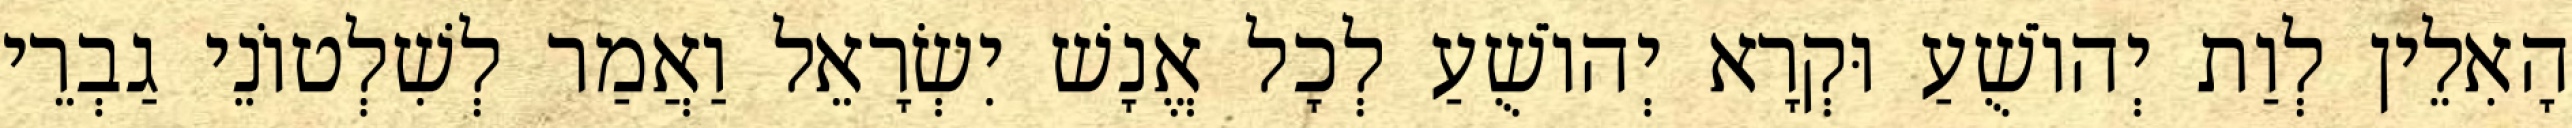
הָאִלֵין לְוַת יְהוֹשֻׁעַ וּקְרָא יְהוֹשֻׁעַ לְכָל אֱנָשׁ יִשְׂרָאֵל וַאֲמַר לְשִׁלְטוֹנֵי גַבְרֵי